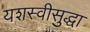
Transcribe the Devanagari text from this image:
यशस्वीसुद्धा